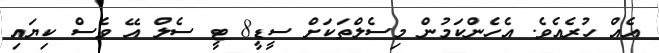
އެއް ހުރެއެވެ. އެހެންކަމުން މިސެލްތަކަށް ސީޑީ8 ޓީ ސެލް އޭ ވެސް ކިޔައި